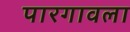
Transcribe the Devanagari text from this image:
पारगावला